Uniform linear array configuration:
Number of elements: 8
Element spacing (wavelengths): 0.75
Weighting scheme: binomial
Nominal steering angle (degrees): -60
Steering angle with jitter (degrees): -59.557
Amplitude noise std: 0.05
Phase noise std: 0.05

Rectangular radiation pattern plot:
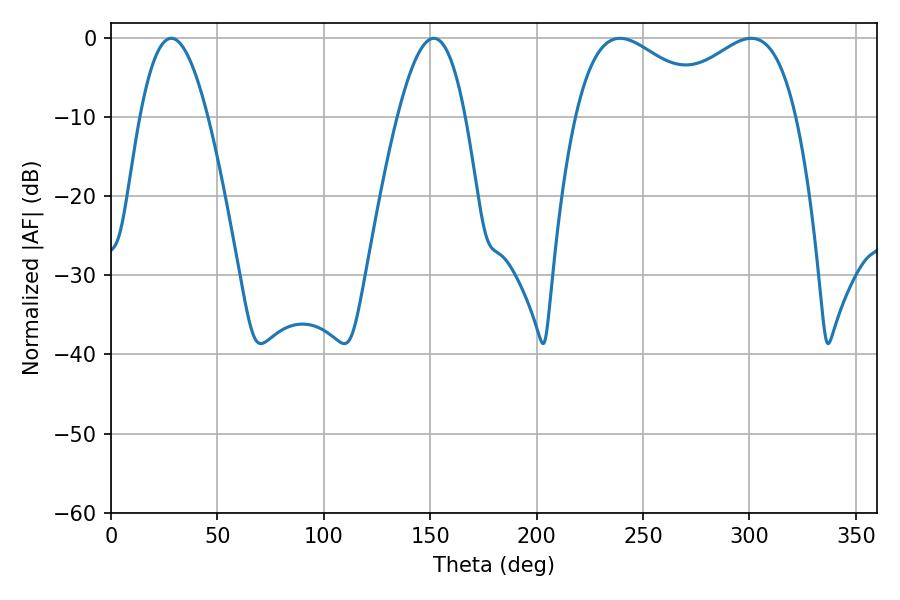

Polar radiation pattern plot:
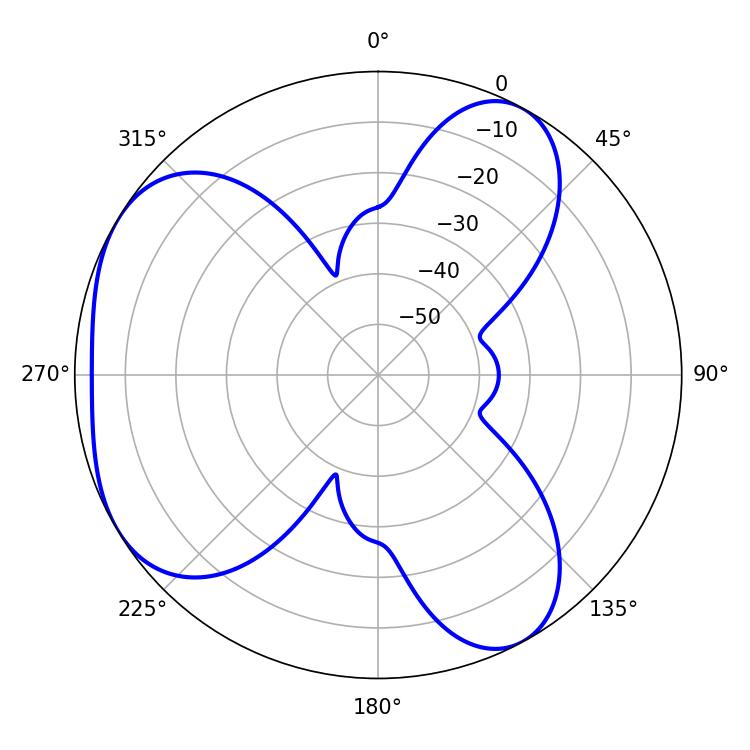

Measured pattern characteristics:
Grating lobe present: TRUE
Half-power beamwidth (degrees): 36.18
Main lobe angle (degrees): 239.22